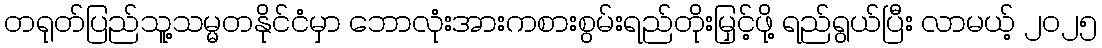
တရုတ်ပြည်သူ့သမ္မတနိုင်ငံမှာ ဘောလုံးအားကစားစွမ်းရည်တိုးမြှင့်ဖို့ ရည်ရွယ်ပြီး လာမယ့် ၂၀၂၅